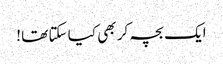
ایک بچہ کر بھی کیا سکتا تھا !